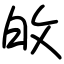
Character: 敀